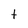
Character: t